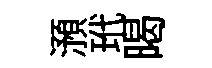
澦玳暍